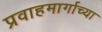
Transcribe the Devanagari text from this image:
प्रवाहमार्गाच्या